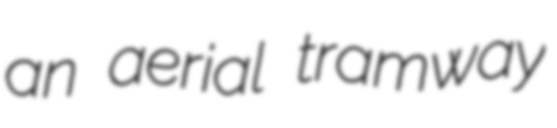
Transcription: an aerial tramway